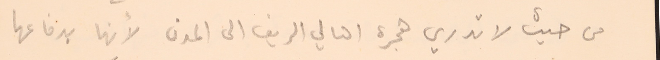
من حيث لا تدري هجرة اهالي الريف الى المدن لأنها بدفاعها